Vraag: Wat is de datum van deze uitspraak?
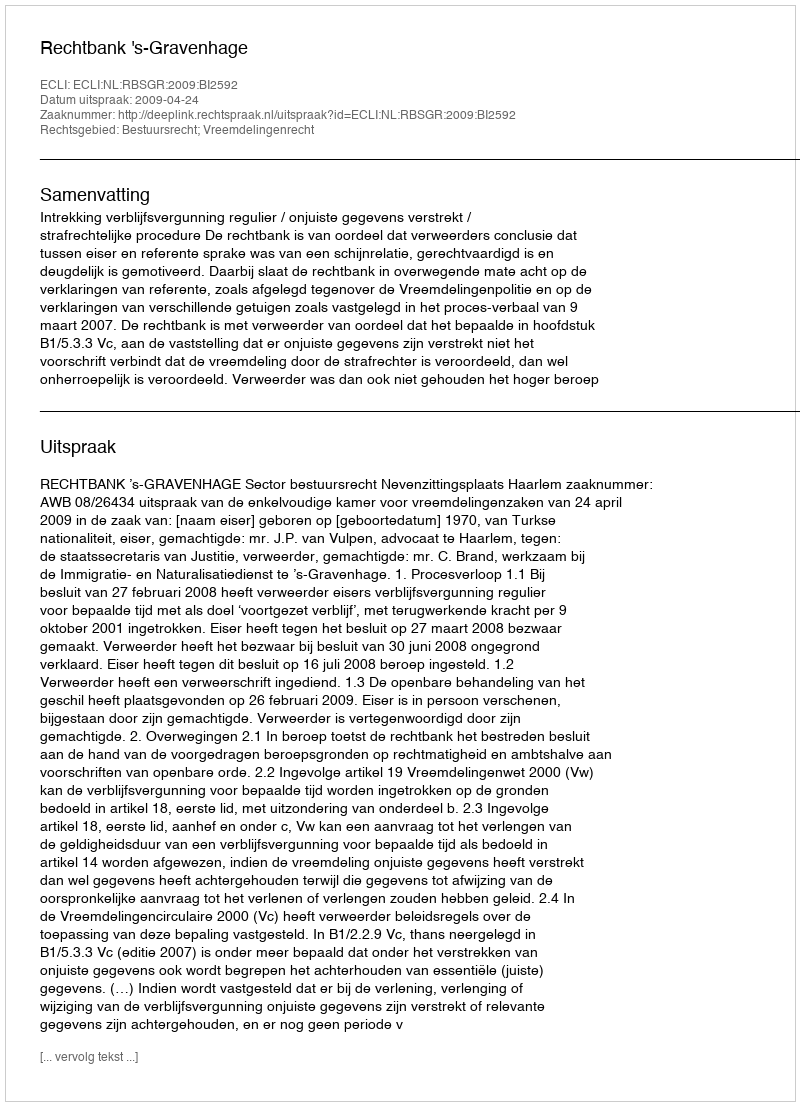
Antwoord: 2009-04-24